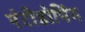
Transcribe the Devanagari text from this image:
एंटीडोपिंग